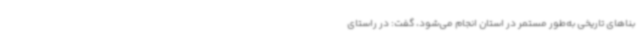
بناهای تاریخی به‌طور مستمر در استان انجام می‌شود، گفت: در راستای